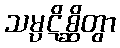
သမ္ပဋိစ္ဆိတွာ